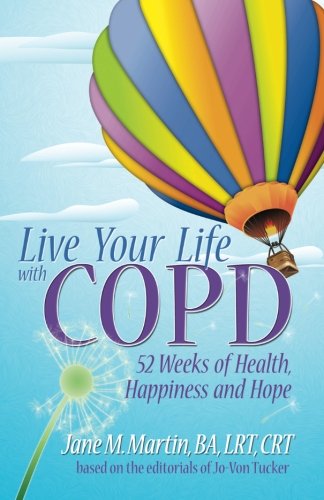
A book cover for Live Your Life With COPD- 52 Weeks of Health, Happiness and Hope; Jane M Martin; Health, Fitness & Dieting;